Indian journal of veterinary science and animal husbandry - Volumes 28-29, 1958-1959
Year: 1958
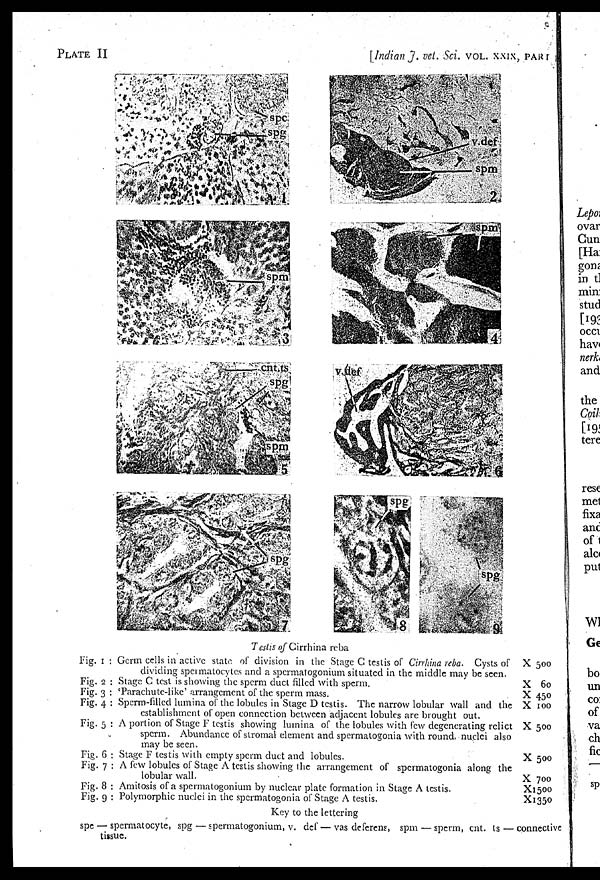
PLATE II
[Indian J. vet. Sci. vol. xxix, part
Fig. 1 :
Fig. 2 :
Fig. 3 :
Fig. 4 :
Fig. 5 :
Fig. 6 :
Fig. 7 :
Fig. 8 :
Fig. 9 :
Testis of Cirrhina reba
Germ cells in active state of division in the Stage C testis of Cirrhina reba. Cysts of
dividing spermatocytes and a spermatogonium situated in the middle may be seen.
Stage C test is showing the sperm duct filled with sperm.
'Parachute-like' arrangement of the sperm mass.
Sperm-filled lumina of the lobules in Stage D testis. The narrow lobular wall and the
establishment of open connection between adjacent lobules are brought out.
A portion of Stage F testis showing lumina of the lobules with few degenerating relict
sperm. Abundance of stromal element and spermatogonia with round, nuclei also
may be seen.
Stage F testis with empty sperm duct and lobules.
A few lobules of Stage A testis showing the arrangement of spermatogonia along the
lobular wall.
Amitosis of a spermatogonium by nuclear plate formation in Stage A testis.
Polymorphic nuclei in the spermatogonia of Stage A testis.
X 500
X 60
X 450
X 100
X 500
X 500
X 700
X1500
X1350
Key to the lettering
spe — spermatocyte, spg — spermatogonium, v. def — vas deferens, spm — sperm, cnt. ts — connective
tissue.